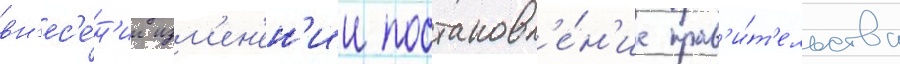
вн'ес'е́н'ии изм'ен'ен'ии постановл'е́н'ие прав'и́т'ельства